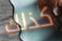
كذلك